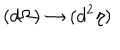
( d \Omega ) \rightarrow ( d ^ { 2 } \eta )